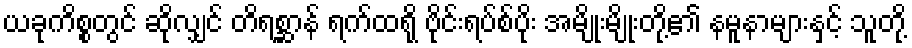
ယခုကိစ္စတွင် ဆိုလျှင် တိရစ္ဆာန် ရက်ထရို ဗိုင်းရပ်စ်ပိုး အမျိုးမျိုးတို့၏ နမူနာများနှင့် သူတို့